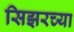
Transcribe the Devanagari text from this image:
सिझरच्या